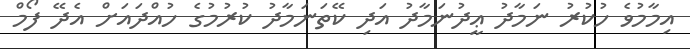
އިމާމުވެ ހުކުރު ނަމާދު ޢީދުނަމާދު އަދި ކޭތަނަމާދު ކުރުމުގެ ހުއްދައަށް އެދޭ ފޯމް